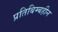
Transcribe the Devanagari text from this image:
प्रतिबिम्बहीन